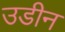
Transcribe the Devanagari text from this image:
उडीन